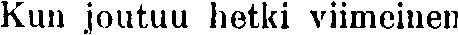
Kun joutuu hetki viimeinen